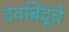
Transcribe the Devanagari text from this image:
दवबिंदूंचे